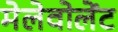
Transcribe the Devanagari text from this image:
मेलेवोलेंट